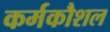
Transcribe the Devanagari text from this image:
कर्मकौशल